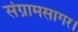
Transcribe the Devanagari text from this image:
संग्रामसागर।